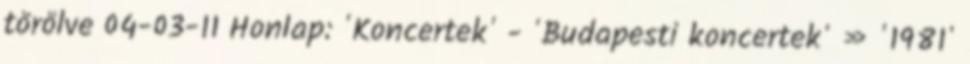
törölve 04-03-11 Honlap: 'Koncertek' - 'Budapesti koncertek' » '1981'